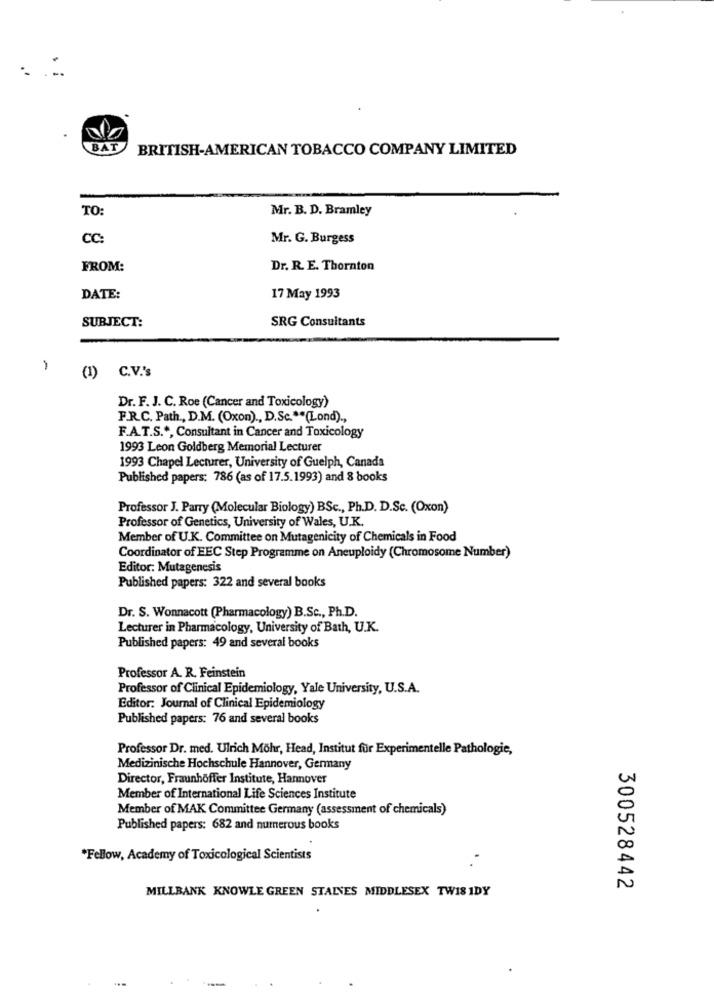
BAT
BRITISH-AMERICAN TOBACCO COMPANY LIMITED
TO:
Mr. B. D. Bramley
CC:
Mr. G. Burgess
FROM:
Dr. R. E. Thornton
DATE:
17 May 1993
SUBJECT:
SRG Consultants
1
(1) C.V.'s
Dr. F. J. C. Roe (Cancer and Toxicology)
F.R.C. Path, D.M. (Oxon) ., D.Sc .** (Lond) .,
F.A.T.S .*, Consultant in Cancer and Toxicology
1993 Leon Goldberg Memorial Lecturer
1993 Chapel Lecturer, University of Guelph, Canada
Published papers: 786 (as of 17.5.1993) and 8 books
Professor J. Parry (Molecular Biology) BSc ., Ph.D. D.Sc. (Oxon)
Professor of Genetics, University of Wales, U.K.
Member of U.K. Committee on Mutagenicity of Chemicals in Food
Coordinator of EEC Step Programme on Aneuploidy (Chromosome Number)
Editor: Mutagenesis
Published papers: 322 and several books
Dr. S. Wonnacott (Pharmacology) B.Sc ., Ph.D.
Lecturer in Pharmacology, University of Bath, U.K.
Published papers: 49 and several books
Professor A. R. Feinstein
Professor of Clinical Epidemiology, Yale University, U.S.A.
Editor: Journal of Clinical Epidemiology
Published papers: 76 and several books
Professor Dr. med. Ulrich Mohr, Head, Institut für Experimentelle Pathologie,
Medizinische Hochschule Hannover, Germany
Director, Fraunhoffer Institute, Hannover
Member of International Life Sciences Institute
Member of MAK Committee Germany (assessment of chemicals)
Published papers: 682 and numerous books
*Fellow, Academy of Toxicological Scientists
MILLBANK KNOWLE GREEN STAINES MIDDLESEX TW18 IDY
300528442